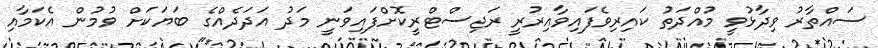
ސައްތާރު ވިދާޅުވީ މުއްދަތު ކައިރިވެފައިވާއިރުރީ ރަޖިސްޓްރީކޮށްފައިވަނީ މަދު އަދަދެއްގެ ބަޔަކަށް ވުމުން އެކަމާއި